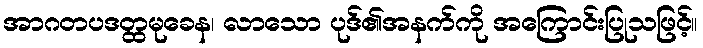
အာဂတပဒတ္ထမုခေန၊ လာသော ပုဒ်၏အနက်ကို အကြောင်းပြုသဖြင့်။